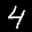
Label: 4